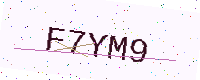
Text: F7YM9